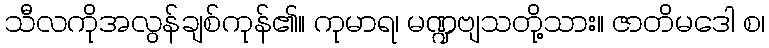
သီလကိုအလွန်ချစ်ကုန်၏။ ကုမာရ၊ မဏ္ဍဗျသတို့သား။ ဇာတိမဒေါ စ၊